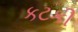
કટકી